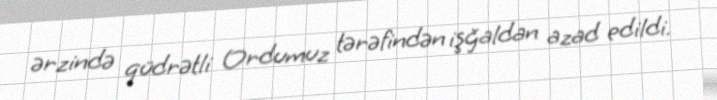
ərzində qüdrətli Ordumuz tərəfindən işğaldan azad edildi.